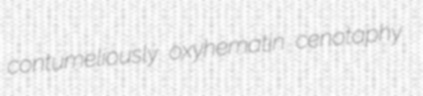
contumeliously oxyhematin cenotaphy